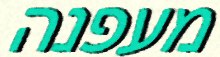
מעפנה